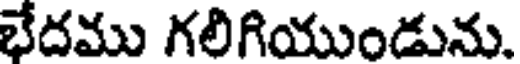
భేదము గలిగియుండును.